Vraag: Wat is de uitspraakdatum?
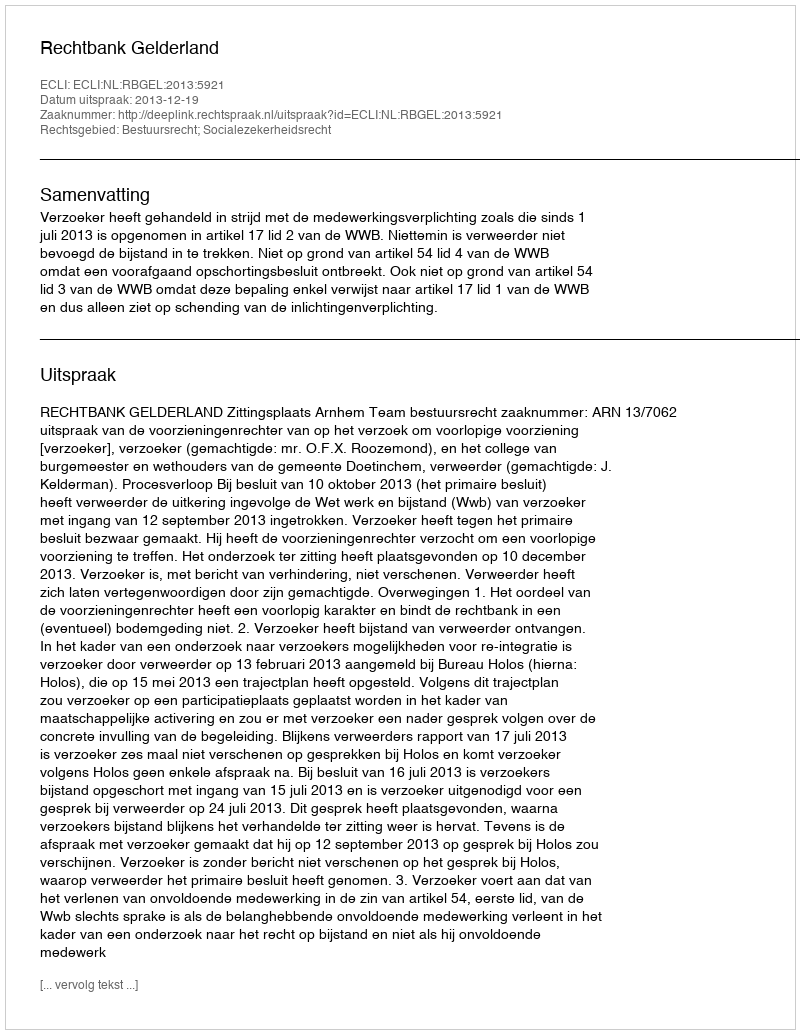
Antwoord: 2013-12-19